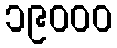
၁၉၀၀၀